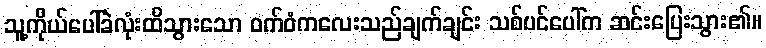
သူ့ကိုယ်ပေါ်ခဲလုံးထိသွားသော ဝက်ဝံကလေးသည်ချက်ချင်း သစ်ပင်ပေါ်က ဆင်းပြေးသွား၏။